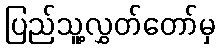
ပြည်သူ့လွှတ်တော်မှ